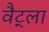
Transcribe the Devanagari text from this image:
वैट्ला